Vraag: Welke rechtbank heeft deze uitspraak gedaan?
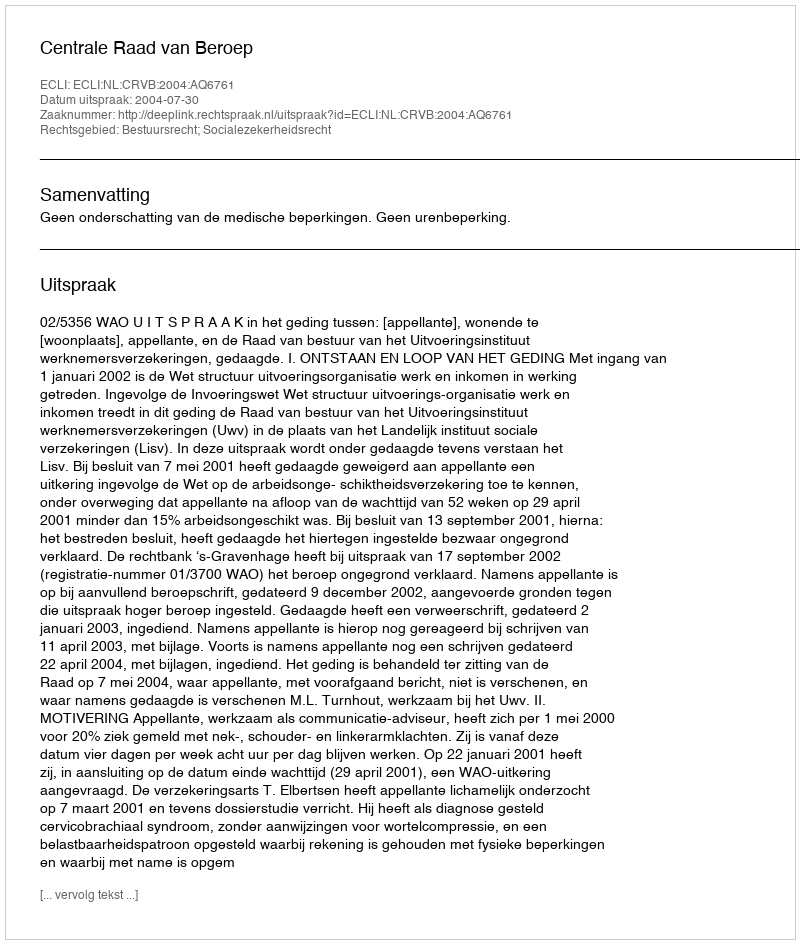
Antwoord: Centrale Raad van Beroep